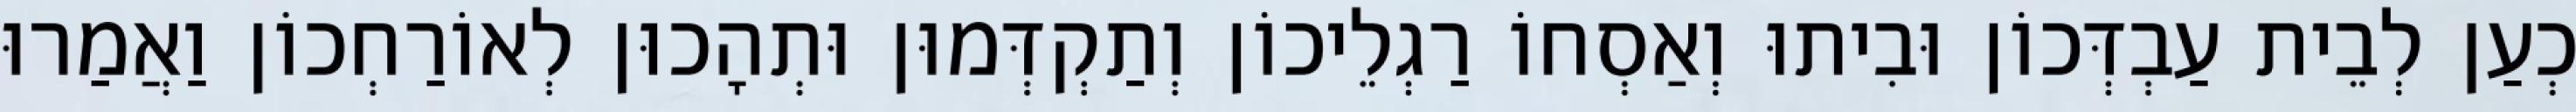
כְעַן לְבֵית עַבְדְּכוֹן וּבִיתוּ וְאַסְחוֹ רַגְלֵיכוֹן וְתַקְדְּמוּן וּתְהָכוּן לְאוֹרַחְכוֹן וַאֲמַרוּ